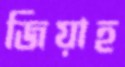
জিয়াহ